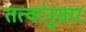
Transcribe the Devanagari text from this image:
तत्वांनुसार